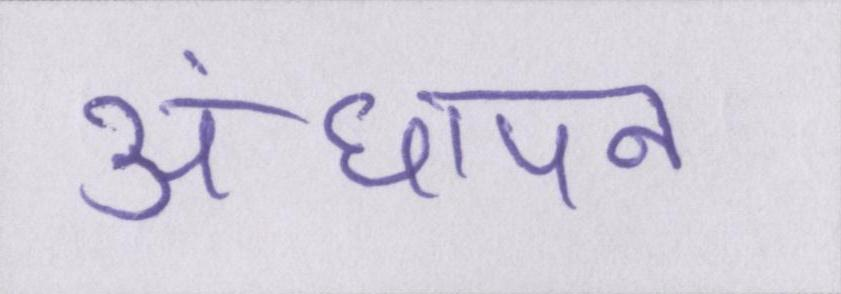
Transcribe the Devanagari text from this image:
अंधापन